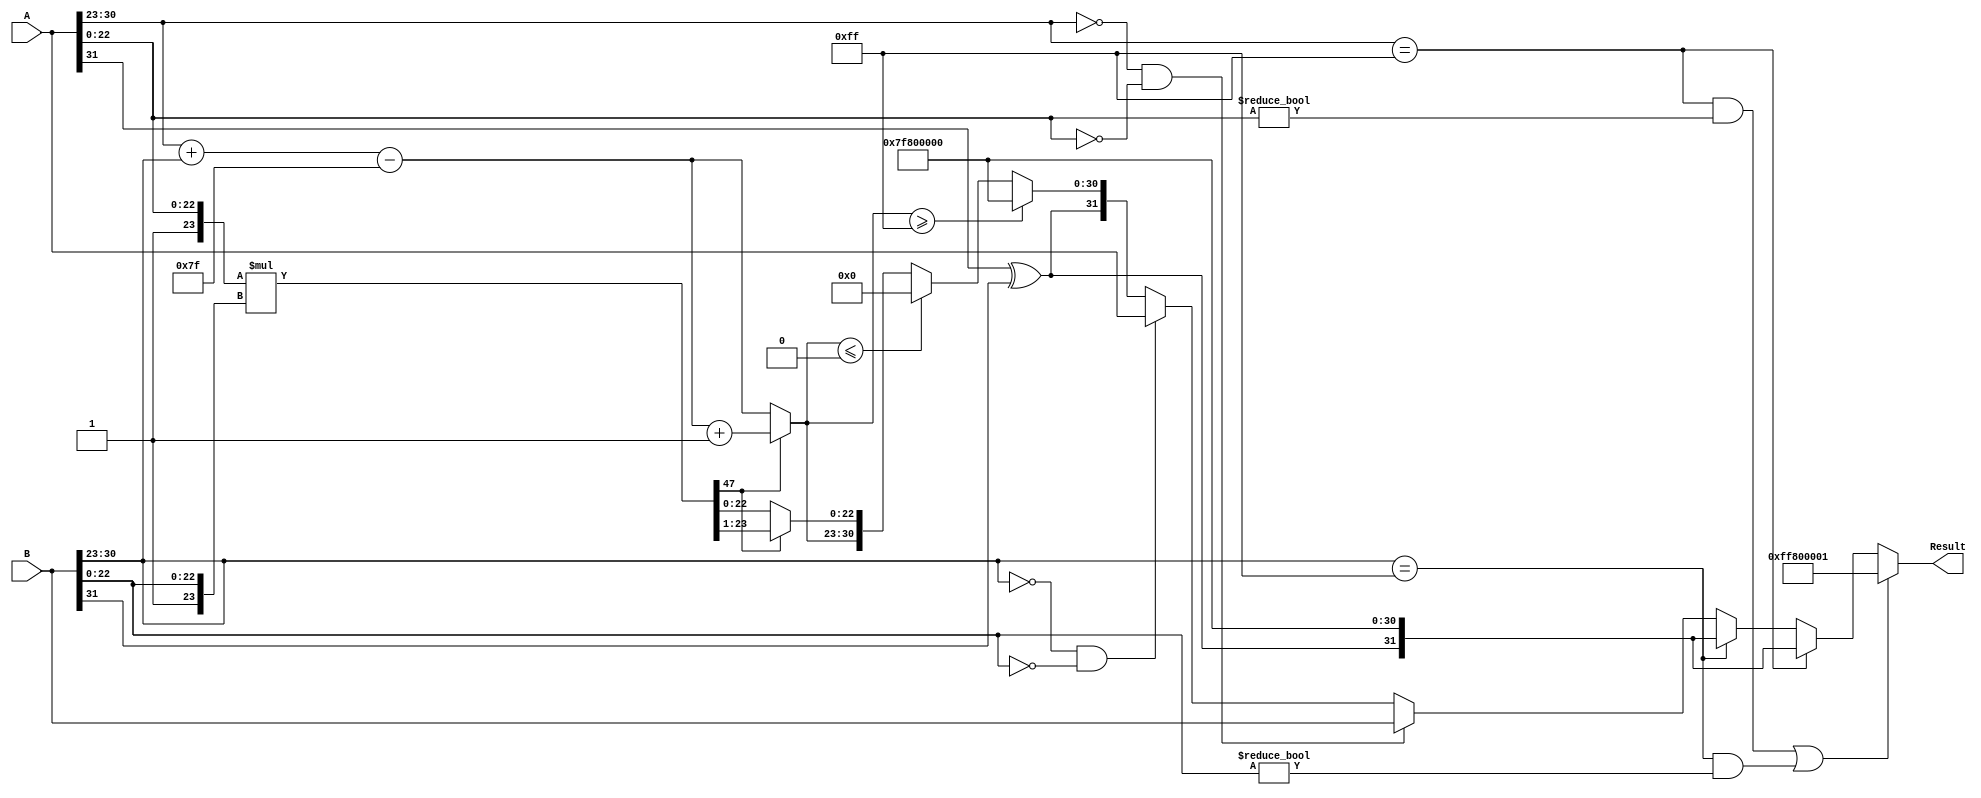
module floating_point_multiplier (
    input [31:0] A,  // First floating-point operand
    input [31:0] B,  // Second floating-point operand
    output reg [31:0] Result // Resulting floating-point product
);

    // Extract components from A
    wire signA = A[31];
    wire [7:0] expA = A[30:23];
    wire [22:0] mantA = A[22:0];
    
    // Extract components from B
    wire signB = B[31];
    wire [7:0] expB = B[30:23];
    wire [22:0] mantB = B[22:0];

    // Intermediate signals
    wire signResult;
    wire [7:0] expResult;
    wire [47:0] mantResult; // 23 + 23 + 1 for implicit leading 1
    wire [7:0] expSum;
    wire [47:0] mantA_full;
    wire [47:0] mantB_full;

    // Handle special cases
    always @(*) begin
        // Default result
        Result = 32'b0;

        // Check for NaN or Infinity
        if ((expA == 8'hFF && mantA != 23'b0) || (expB == 8'hFF && mantB != 23'b0)) begin
            // At least one operand is NaN
            Result = {1'b1, 8'hFF, 23'b1}; // NaN
        end else if (expA == 8'hFF) begin
            // A is infinity
            Result = {signA ^ signB, 8'hFF, 23'b0}; // Result is infinity
        end else if (expB == 8'hFF) begin
            // B is infinity
            Result = {signA ^ signB, 8'hFF, 23'b0}; // Result is infinity
        end else if (expA == 8'h00 && mantA == 23'b0) begin
            // A is zero
            Result = B; // Result is B
        end else if (expB == 8'h00 && mantB == 23'b0) begin
            // B is zero
            Result = A; // Result is A
        end else begin
            // Normal multiplication
            signResult = signA ^ signB; // Sign of the result

            // Normalize mantissas
            mantA_full = {1'b1, mantA}; // Add implicit leading 1
            mantB_full = {1'b1, mantB}; // Add implicit leading 1

            // Multiply mantissas
            mantResult = mantA_full * mantB_full;

            // Calculate exponent
            expSum = expA + expB - 8'd127; // E_result = (E_A + E_B - 127)

            // Normalize mantissa if necessary
            if (mantResult[47]) begin
                // If mantissa is greater than or equal to 2.0, shift right
                mantResult = mantResult >> 1;
                expSum = expSum + 1; // Adjust exponent
            end

            // Check for overflow in exponent
            if (expSum >= 8'hFF) begin
                // Result is infinity
                Result = {signResult, 8'hFF, 23'b0};
            end else if (expSum <= 8'h00) begin
                // Result is zero (underflow)
                Result = {signResult, 8'h00, 23'b0};
            end else begin
                // Assemble result
                Result = {signResult, expSum[7:0], mantResult[22:0]};
            end
        end
    end

endmodule